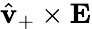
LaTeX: \hat{\mathbf{v}}_{+}\times\mathbf{E}